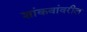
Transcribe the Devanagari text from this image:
शांकवांवरील